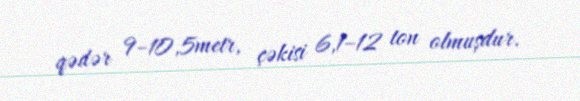
qədər 9–10,5metr, çəkisi 6,1–12 ton olmuşdur.